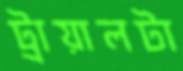
ট্রায়ালটা